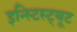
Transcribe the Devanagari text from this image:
इन्स्टिस्ट्यूट